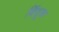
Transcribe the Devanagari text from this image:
बिंदूक